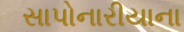
સાપોનારીયાના